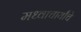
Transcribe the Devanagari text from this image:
मध्वाचार्यांचे